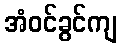
အံဝင်ခွင်ကျ